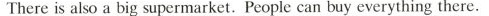
There is also a big supermarket.People can buy everything there.